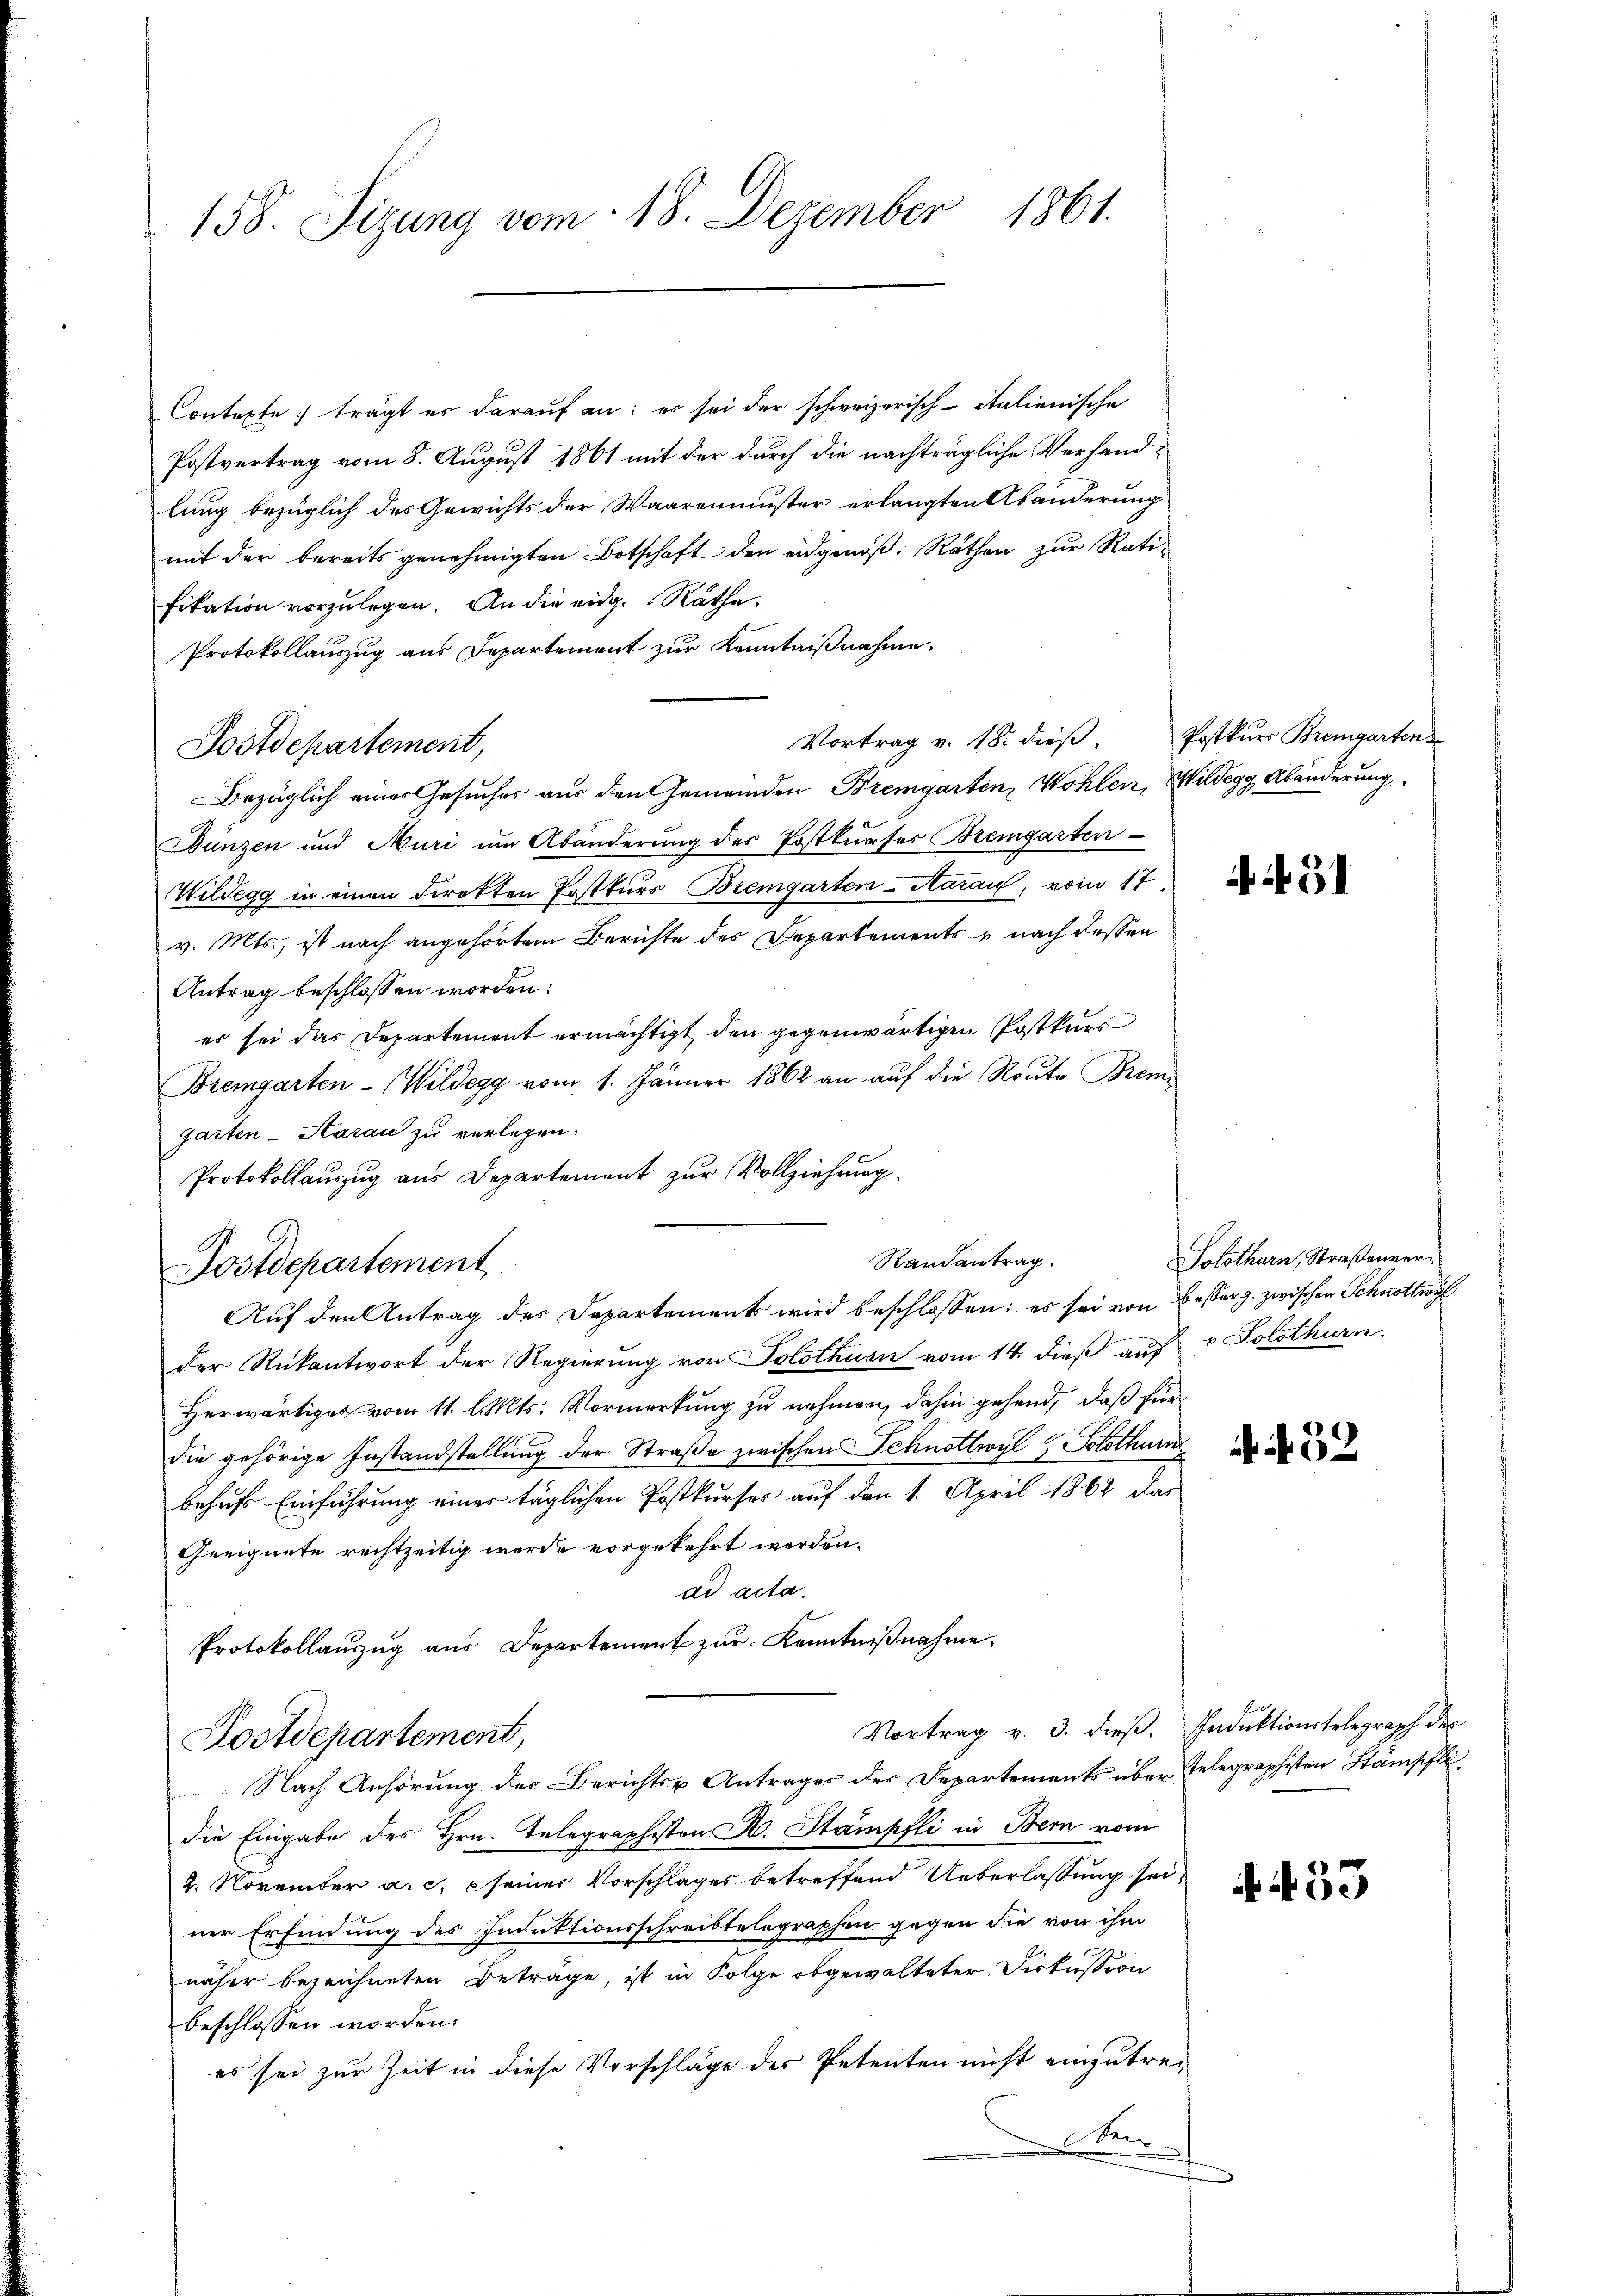
158. Sizung vom 18. Dezember 1861.

Contexte trägt es darauf an: es sei der schweizerisch-italienische
Postvertrag vom 8. August 1861 mit der durch die nachträgliche Verhandlung bezüglich des Gewichts der Waarenmuster erlangten Abänderung
mit der bereits genehmigten Botschaft den eidgenöβ. Räthen zŭr Rati-
fikation vorzulegen. An die eidg. Räthe.
Protokollauszug aus Departemont zur Kenntnißnahme,
Postdepartement,
Bezüglich eines Gesuches aus den Gemeinden Bremgarten, Wohlen, Wildegg Abänderung
Dunzen und Muri um Abänderung des Postkurses Bremgarten
Wildegg in einen direkten Postkurs Bremgarten-Aarauf, vom 17. D
v. Mts., ist nach angehörtem Berichte des Departements u nach dessen
Antrag beschlossen worden:
er sei das Departement ermächtigt, den gegenwärtigen Postkurs
Bremgarten - Wildegg vom 1. Jänner 1862 an auf die Route Bremigarten-Aarau zu verlegen.
Protokollauszug aus Departement zur Vollziehung.
Auf den Antrag des Departements wird beschlossen: es sei von Besserz. zwischen Schnottwyl
der Rückantwort der Regierung von Solothurn vom 14. dieß auf v Solothurn.
Herwärtiges vom 11. l. Mts. Vormerkung zu nehmen, dahin gehend, daß für
die gehörige Instandstellung der Straße zwischen Schnottwyl & Solothurn
behufs Einführung einer täglichen Postkurses auf den 1. April 1862 das
Geeignete rechtzeitig werde vorgekehrt werden.
ad acta.
Protokollauszug aus Departement zur Kenntnißnahme
Vortrag v. 3. dieß, Induktionstelegraph der
Postdepartement,
Nach Anhörung der Berichts- Antrages des Departements über Telegraphisten Stämpflidie Eingabe des Hrn. Telegraphisten H. Stampfli in Bern vom
2. November a. c. c seiner Vorschlages betreffend Ueberlassung seiner Erfindung des Induktionsschreibtelegraphen gegen die von ihm
näher bezeichneten Beträge, ist in Folge obgewalteter Diskussion
beschlossen worden.
es sei zur Zeit in diese Vorschläge des Petenten nicht einzutreen

Postdepartement

Vortrag v. 18. dieß. Postkurs Bremgarten

Randantrag.

Solothurn, Straßenvern

. f. 33